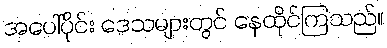
အပေါ်ပိုင်း ဒေသများတွင် နေထိုင်ကြသည်။